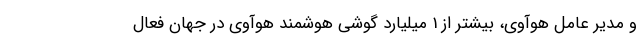
و مدیر عامل هوآوی، بیشتر از 1 میلیارد گوشی هوشمند هوآوی در جهان فعال